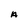
Character: A